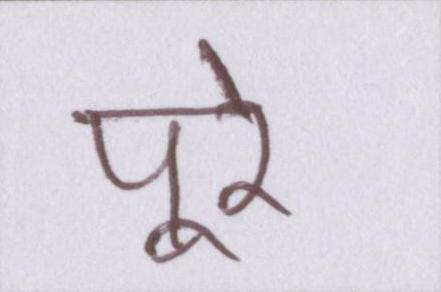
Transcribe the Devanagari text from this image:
पूरे